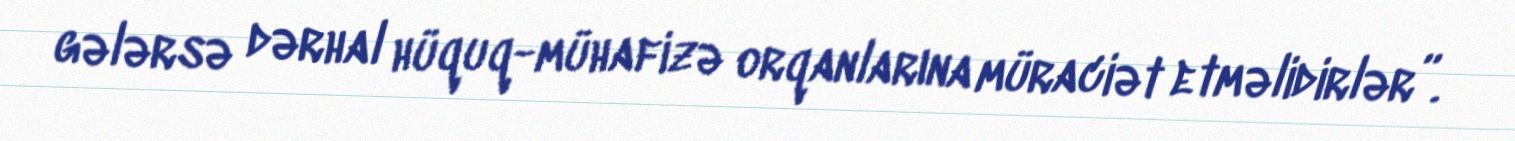
gələrsə dərhal hüquq-mühafizə orqanlarına müraciət etməlidirlər”.